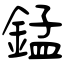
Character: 錳